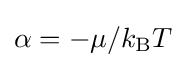
\alpha =-\mu /k_{\text{B}}T